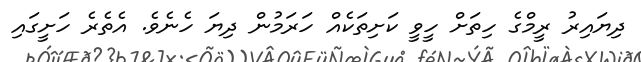
ދިޔައިރު ރީމްގެ ހިތަށް ހީވީ ކަށިތަކެއް ހަރަމުން ދިޔަ ހެނެވެ. އެތެރެ ހަށީގައި